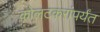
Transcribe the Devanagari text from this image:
कोलटकरांपर्यंत